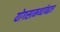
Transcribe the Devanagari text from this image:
योगसामर्थ्याबद्दल